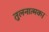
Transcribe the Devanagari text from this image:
तुलनात्मक।